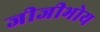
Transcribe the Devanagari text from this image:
जीजीभोय